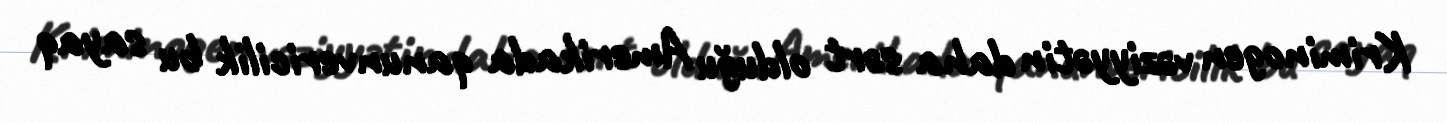
Kriminogen vəziyyətin daha sərt olduğu Amerikada qanunvericilik bu sayaq